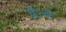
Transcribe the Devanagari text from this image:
डेन्च